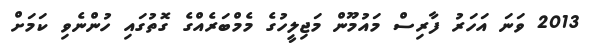
2013 ވަނަ އަހަރު ފާރިސް މައުމޫން މަޖިލީހުގެ މެމްބަރެއްގެ ގޮތުގައި ހުންނެވި ކަމަށް